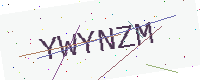
Text: YWYNZM